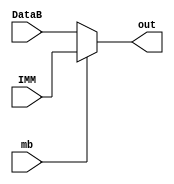
module MuxB(mb,IMM,DataB,out);

input mb;
input [7:0] IMM;
input [7:0] DataB;

output [7:0] out;

assign out = (mb == 1'b1) ? IMM : DataB;

endmodule